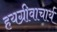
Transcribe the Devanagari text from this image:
हयग्रीवाचार्य